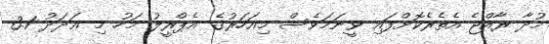
މުދާ ރާއްޖެ އެތެރެކޮށްފައި ވީނަމަވެސް މިއަހަރުގެ އެޕްރީލު މަހު މި ޢަދަދު 3.1